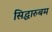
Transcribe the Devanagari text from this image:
सिद्धारुबम